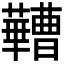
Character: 𬟠